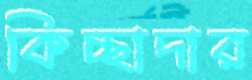
কিচ্ছাদার